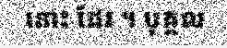
នោះ ដែរ ។ បុគ្គល